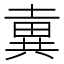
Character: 𡐢